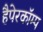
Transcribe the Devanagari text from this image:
हैपेरकॉम्प